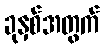
ခုနှစ်အတွက်